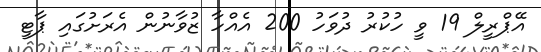
އޭޕްރީލް 19 ވީ ހުކުރު ދުވަހު 200 އެއްހާ ޒުވާނުން އެރަށުގައި ޕާޓީ